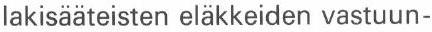
lakisääteisten eläkkeiden vastuun-